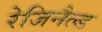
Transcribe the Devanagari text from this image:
रेजिनैल्ड